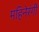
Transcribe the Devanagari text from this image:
महिनेरंगी